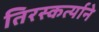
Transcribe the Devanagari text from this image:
तिरस्कर्त्याने